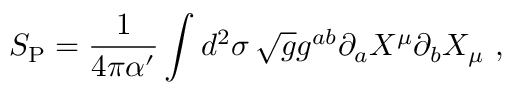
S _ { \mathrm { P } } = \frac { 1 } { 4 \pi \alpha ^ { \prime } } \int d ^ { 2 } \sigma \, \sqrt { g } g ^ { a b } \partial _ { a } X ^ { \mu } \partial _ { b } X _ { \mu } \ ,